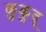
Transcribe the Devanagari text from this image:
कुकुद्